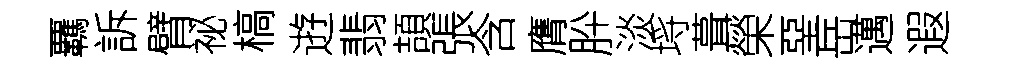
覊訴臂祕槁逰翡頡張含膺肸淡埓葺榮堊岳邁遐